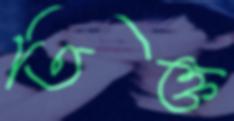
তিক্ত